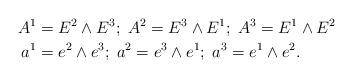
LaTeX: \begin{align*} A^1&=E^2\wedge E^3;\; A^2=E^3\wedge E^1;\; A^3=E^1\wedge E^2 \\ a^1&=e^2\wedge e^3;\; a^2=e^3\wedge e^1;\; a^3=e^1\wedge e^2.\end{align*}